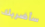
سأضربك